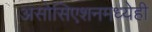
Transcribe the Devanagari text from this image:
असोसिएशनमध्येही